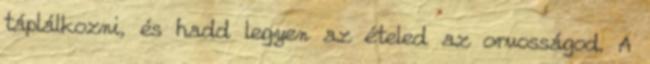
táplálkozni, és hadd legyen az ételed az orvosságod. A